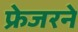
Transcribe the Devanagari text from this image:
फ्रेजरने